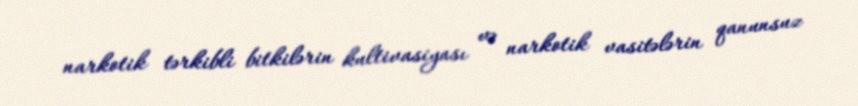
narkotik tərkibli bitkilərin kultivasiyası və narkotik vasitələrin qanunsuz